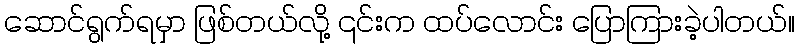
ဆောင်ရွက်ရမှာ ဖြစ်တယ်လို့ ၎င်းက ထပ်လောင်း ပြောကြားခဲ့ပါတယ်။